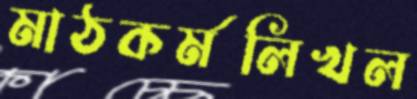
মাঠকর্মলিখল